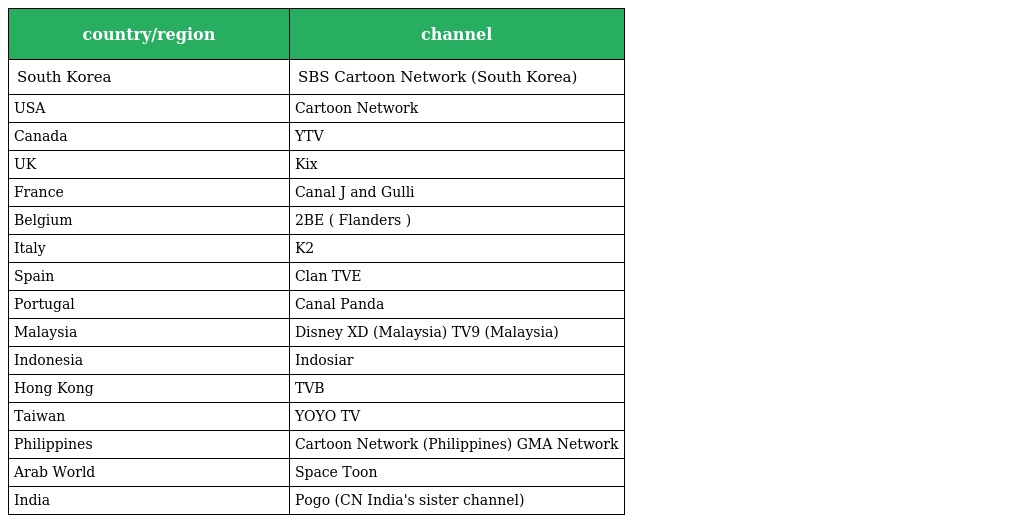
| country/region | channel |
 | --- | --- |
 | South Korea | SBS Cartoon Network (South Korea) |
 | USA | Cartoon Network |
 | Canada | YTV |
 | UK | Kix |
 | France | Canal J and Gulli |
 | Belgium | 2BE ( Flanders ) |
 | Italy | K2 |
 | Spain | Clan TVE |
 | Portugal | Canal Panda |
 | Malaysia | Disney XD (Malaysia) TV9 (Malaysia) |
 | Indonesia | Indosiar |
 | Hong Kong | TVB |
 | Taiwan | YOYO TV |
 | Philippines | Cartoon Network (Philippines) GMA Network |
 | Arab World | Space Toon |
 | India | Pogo (CN India's sister channel) |